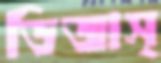
ডিজাস্